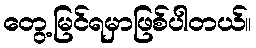
တွေ့မြင်ရမှာဖြစ်ပါတယ်။